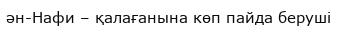
ән-Нафи – қалағанына көп пайда беруші